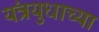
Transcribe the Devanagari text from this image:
यंत्रयुधाच्या